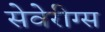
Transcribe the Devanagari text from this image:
सेवेरीग्स